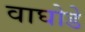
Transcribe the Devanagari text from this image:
वाघोडे